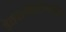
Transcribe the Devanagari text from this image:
डेक्समेडेटोमाडिन